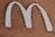
m